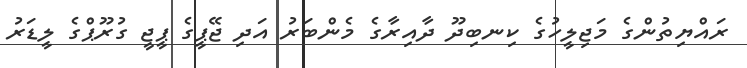
ރައްޔިތުންގެ މަޖިލީހުގެ ކިނބިދޫ ދާއިރާގެ މެންބަރު އަދި ޖޭޕީގެ ޕީޖީ ގުރޫޕްގެ ލީޑަރު